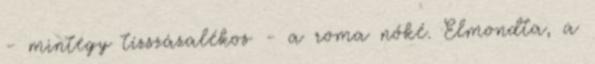
- mintegy tízszázalékos - a roma nőké. Elmondta, a